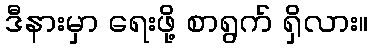
ဒီနားမှာ ရေးဖို့ စာရွက် ရှိလား။